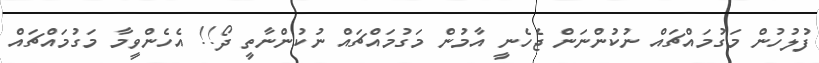
ފުލުހުން މަގުމައްޗައް ނުކުންނަން ޖެހެނީ އާމުން މަގުމައްޗައް ނުކުންނާތީ ދޯ!! އެހެންވީމާ މަގުމައްޗައް